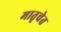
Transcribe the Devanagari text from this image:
मातृचेत